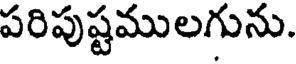
పరిపుష్టములగును.